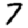
Digit: 7